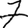
Digit: 7